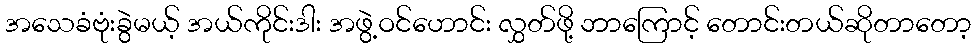
အသေခံဗုံးခွဲမယ့် အယ်ကိုင်းဒါး အဖွဲ့ဝင်ဟောင်း လွှတ်ဖို့ ဘာကြောင့် တောင်းတယ်ဆိုတာတော့